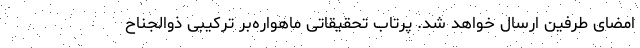
امضای طرفین ارسال خواهد شد. پرتاب تحقیقاتی ماهواره‌بر ترکیبی ذوالجناح